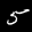
Label: 5